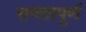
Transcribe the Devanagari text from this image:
समतापूर्ण